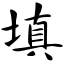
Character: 填